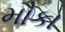
મૌકા